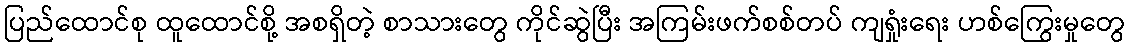
ပြည်ထောင်စု ထူထောင်စို့ အစရှိတဲ့ စာသားတွေ ကိုင်ဆွဲပြီး အကြမ်းဖက်စစ်တပ် ကျရှုံးရေး ဟစ်ကြွေးမှုတွေ